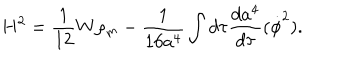
H ^ { 2 } = \frac { 1 } { 1 2 } W \rho _ { m } - \frac { 1 } { 1 6 a ^ { 4 } } \int d \tau \frac { d a ^ { 4 } } { d \tau } ( \dot { \phi } ^ { 2 } ) .